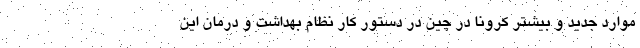
موارد جدید و بیشتر کرونا در چین در دستور کار نظام بهداشت و درمان این